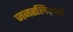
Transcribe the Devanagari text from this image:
जनरलिज़्मों